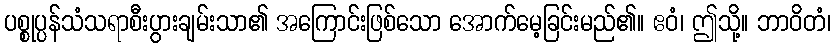
ပစ္စုပ္ပန်သံသရာစီးပွားချမ်းသာ၏ အကြောင်းဖြစ်သော အောက်မေ့ခြင်းမည်၏။ ဧဝံ၊ ဤသို့။ ဘာဝိတံ၊